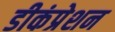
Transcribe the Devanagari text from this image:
डीकंप्रेशन